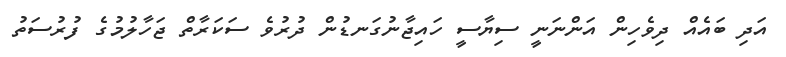
އަދި ބައެއް ދިވެހިން އަންނަނީ ސިިޔާސީ ހައިޖާނުގަނޑުން ދުރުވެ ސަކަރާތް ޖަހާލުމުގެ ފުރުސަތު